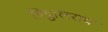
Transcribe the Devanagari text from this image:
विट्ठालराव